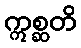
ဣစ္ဆတိ